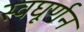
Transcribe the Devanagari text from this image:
स्वघूर्णन